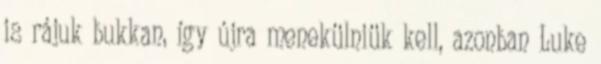
is rájuk bukkan, így újra menekülniük kell, azonban Luke